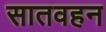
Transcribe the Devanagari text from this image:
सातवहन